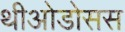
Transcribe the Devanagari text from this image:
थीओडोसस